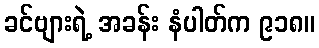
ခင်ဗျားရဲ့ အခန်း နံပါတ်က ၉၁၈။